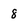
Character: 8